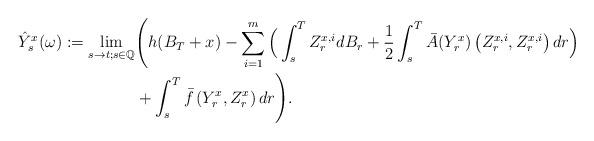
LaTeX: \begin{align*}\quad\hat Y_s^x(\omega):=\lim_{s\to t;s\in \mathbb{Q}}&\Bigg(h(B_T+x)-\sum_{i=1}^m \Big(\int_s^T Z_r^{x,i}dB_r+\frac{1}{2}\int_s^T\bar A(Y_r^x)\left(Z_r^{x,i},Z_r^{x,i}\right)dr\Big)\\&+\int_s^T \bar f\left(Y_r^x,Z_r^x\right)dr\Bigg).\end{align*}